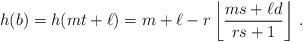
LaTeX: \begin{align*}h(b)=h(mt+\ell)=m+\ell-r\left\lfloor \frac{ms+\ell d}{rs+1} \right \rfloor \, .\end{align*}